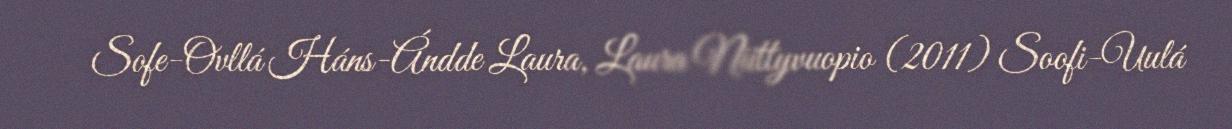
Sofe-Ovllá Háns-Ándde Laura, Laura Niittyvuopio (2011) Soofi-Uulá